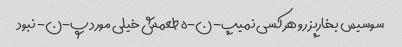
سوسیس بخارپز رو هر کسی نمیپ-ن-ه طعمش خیلی مورد پ-ن- نبود